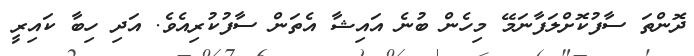
ދޮންތަ ސާފުކޮށްލަފާނަމޭ މިހެން ބުނެ އައިޝާ އެތަން ސާފުކުރިއެވެ. އަދި ހިބާ ކައިރީ